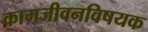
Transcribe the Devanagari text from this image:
कामजीवनविषयक